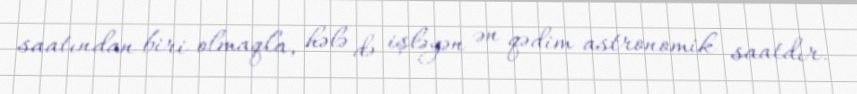
saatından biri olmaqla, hələ də işləyən ən qədim astronomik saatdır.